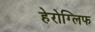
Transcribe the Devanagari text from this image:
हेरोग्लिफ